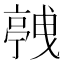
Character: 𬽛